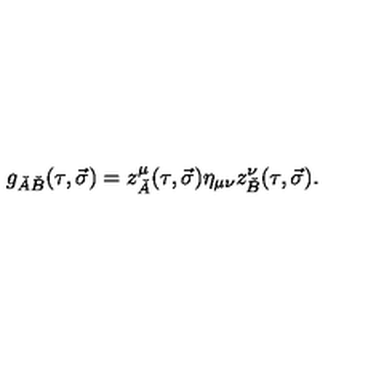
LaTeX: g _ { \check { A } \check { B } } ( \tau , \vec { \sigma } ) = z _ { \check { A } } ^ { \mu } ( \tau , \vec { \sigma } ) \eta _ { \mu \nu } z _ { \check { B } } ^ { \nu } ( \tau , \vec { \sigma } ) .